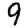
Digit: 9